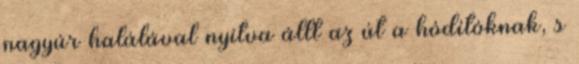
nagyúr halálával nyitva állt az út a hódítóknak, s